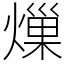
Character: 𤍒